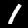
Label: 1